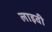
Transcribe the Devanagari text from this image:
लाइवी